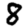
Digit: 8